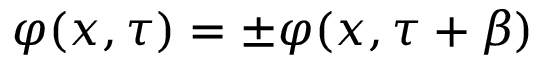
\varphi ( x , \tau ) = \pm \varphi ( x , \tau + \beta )